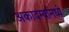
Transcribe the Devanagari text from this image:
अकादम्यांमध्ये